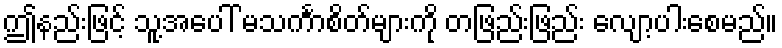
ဤနည်းဖြင့် သူ့အပေါ် မသင်္ကာစိတ်များကို တဖြည်းဖြည်း လျော့ပါးစေမည်။